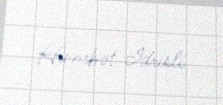
Hümbət İdrisli